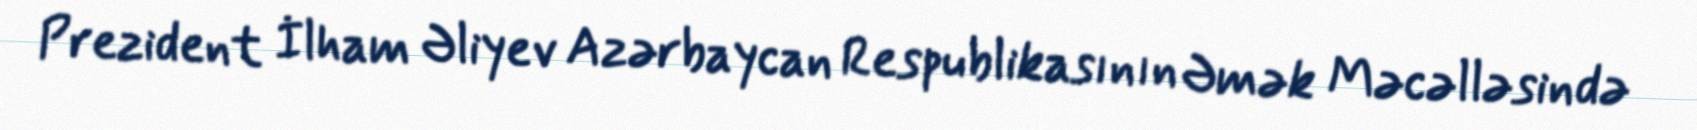
Prezident İlham Əliyev Azərbaycan Respublikasının Əmək Məcəlləsində